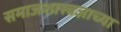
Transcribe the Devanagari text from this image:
समाजशास्त्रज्ञाच्या